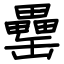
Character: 罍